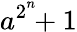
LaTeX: a^{2^{\overset{n}{}}}\! \! +1